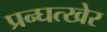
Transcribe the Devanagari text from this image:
प्रन्घत्खेर